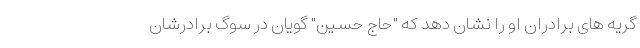
گریه های برادران او را نشان دهد که "حاج حسین" گویان در سوگ برادرشان